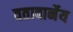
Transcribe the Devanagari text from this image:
वतावार्नेय